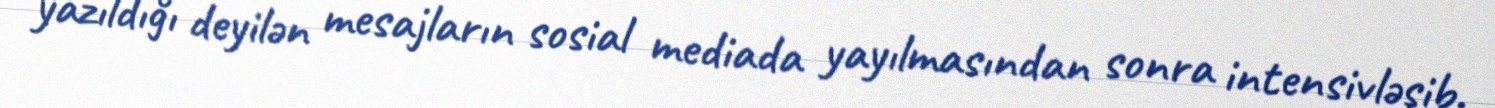
yazıldığı deyilən mesajların sosial mediada yayılmasından sonra intensivləşib.